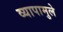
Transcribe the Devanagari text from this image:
व्यापामुले